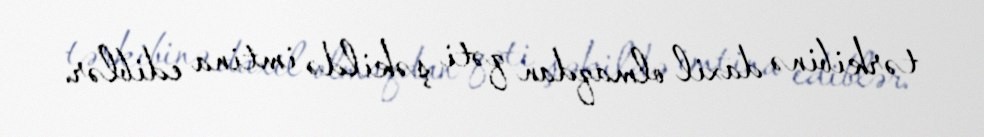
tərkibinə daxil olmaqdan qəti şəkildə imtina ediblər.